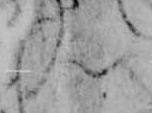
ん